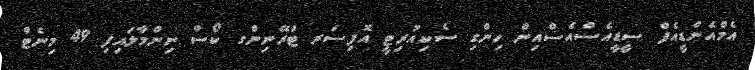
އެމްއެންޑީއެފް ސީޑީއެސްއެސްއިން ހިންގި ސެކިއުރިޓީ އޮފިސަރ ޓްރޭނިންގ ކޯސް ނިންމާލައިފި 49 މިނެޓް